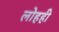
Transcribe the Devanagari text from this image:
लोहही